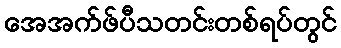
အေအက်ဖ်ပီသတင်းတစ်ရပ်တွင်